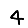
Digit: 4